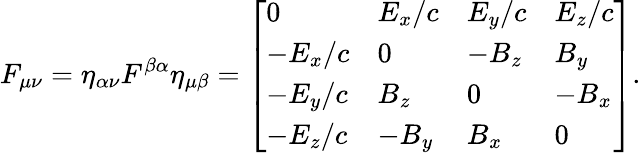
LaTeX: F_{\mu\nu}=\eta_{\alpha\nu}F^{\beta\alpha}\eta_{\mu\beta}={\left[\begin{array}{llll}{0}&{E_{x}/c}&{E_{y}/c}&{E_{z}/c}\\ {-E_{x}/c}&{0}&{-B_{z}}&{B_{y}}\\ {-E_{y}/c}&{B_{z}}&{0}&{-B_{x}}\\ {-E_{z}/c}&{-B_{y}}&{B_{x}}&{0}\end{array}\right]}.